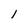
Character: l